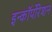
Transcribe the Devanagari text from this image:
इन्कॉर्पोरेशन